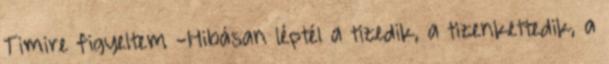
Timire figyeltem -Hibásan léptél a tizedik, a tizenkettedik, a